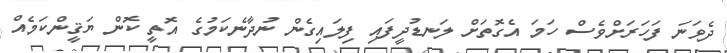
ދެވަނަ ފަހަރަށްވެސް ހަމަ އެގޮތަށް ލަނޑުދީފައި ފިލައިގެން ނުދާނެކަމުގެ އޮތީ ކޮން ޔަޤީންކަމެއް